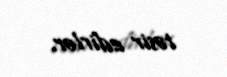
təsir edirlər.